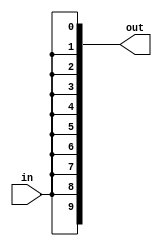
module Splitter (in, out);
	input in;
	output[9:0] out;

assign out[0] = in;
assign out[1] = in;
assign out[2] = in;
assign out[3] = in;
assign out[4] = in;
assign out[5] = in;
assign out[6] = in;
assign out[7] = in;
assign out[8] = in;
assign out[9] = in;

endmodule